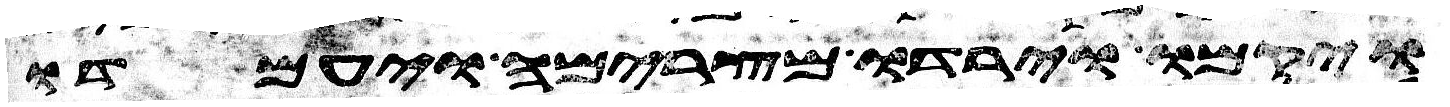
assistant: ויקמו וירדו מצרימה ויעמדו